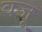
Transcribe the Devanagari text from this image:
वजू